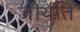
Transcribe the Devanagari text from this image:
जीर्यति